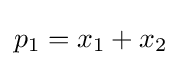
p_{1}=x_{1}+x_{2}